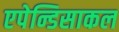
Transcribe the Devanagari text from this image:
एपेन्डिसाकल